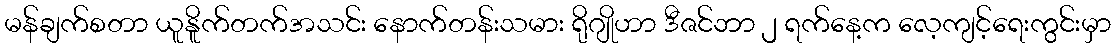
မန်ချက်စတာ ယူနိူက်တက်အသင်း နောက်တန်းသမား ရိုဂျိုဟာ ဒီဇင်ဘာ ၂ ရက်နေ့က လေ့ကျင့်ရေးကွင်းမှာ